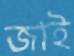
জাই